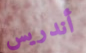
أندريس